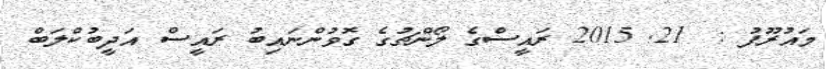
މައުރޫފު :  21